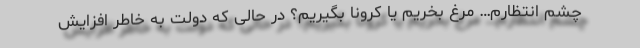
چشم انتظارم… مرغ بخریم یا کرونا بگیریم؟ در حالی که دولت به خاطر افزایش